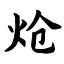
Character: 炝